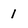
Character: 1